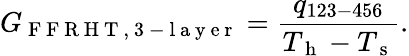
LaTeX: G_{\mathrm{~F~F~R~H~T~,~3~-~l~a~y~e~r~}}=\frac{q_{123-456}}{T_{\mathrm{~h~}}-T_{\mathrm{~s~}}}{.}